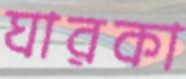
ঘারকা